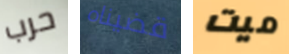
حرب قضيناه ميت